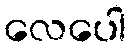
လေပေါ